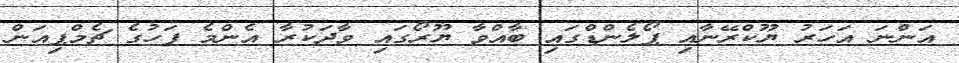
އަންނަ އަހަރު ޔޫކްރޭނާއި ޕޯލެންޑްގައި ބާއްވާ ޔޫރޯގައި ވާދަކުރާ އެންމެ ފަހުގެ ޗެމްޕިއަން